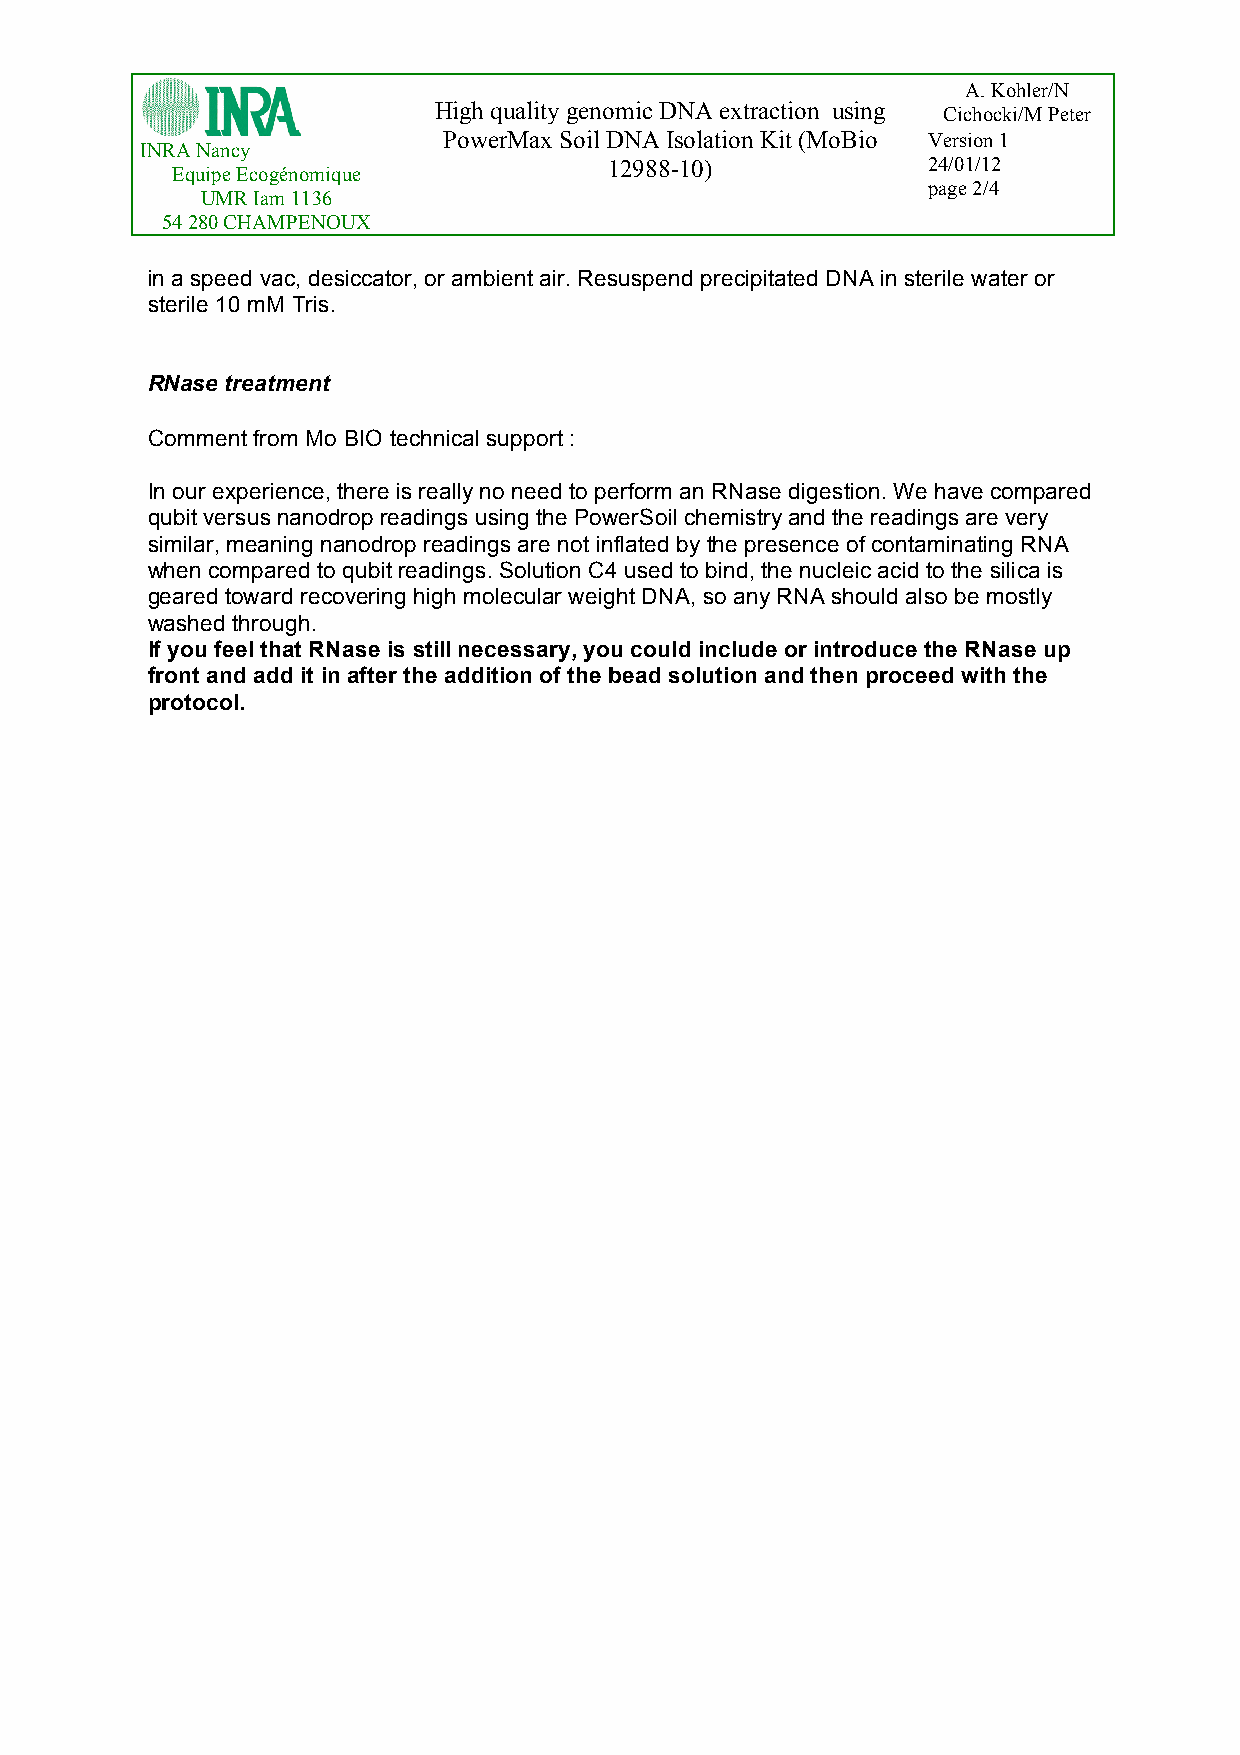
A. Kohler/N
 High quality genomic DNA extraction using Cichocki/M Peter
 PowerMax Soil DNA Isolation Kit (MoBio Version 1
 INRA Nancy
 12988-10)            24/01/12
 Equipe Ecogénomique
 page 2/4
 UMR Iam 1136
 54 280 CHAMPENOUX
 in a speed vac, desiccator, or ambient air. Resuspend precipitated DNA in sterile water or
 sterile 10 mM Tris.
 RNase treatment
 Comment from Mo BIO technical support :
 In our experience, there is really no need to perform an RNase digestion. We have compared
 qubit versus nanodrop readings using the PowerSoil chemistry and the readings are very
 similar, meaning nanodrop readings are not inflated by the presence of contaminating RNA
 when compared to qubit readings. Solution C4 used to bind, the nucleic acid to the silica is
 geared toward recovering high molecular weight DNA, so any RNA should also be mostly
 washed through.
 If you feel that RNase is still necessary, you could include or introduce the RNase up
 front and add it in after the addition of the bead solution and then proceed with the
 protocol.